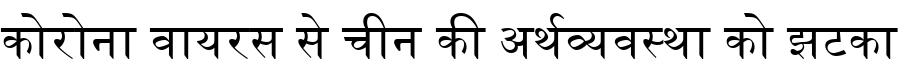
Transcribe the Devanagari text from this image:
कोरोना वायरस से चीन की अर्थव्यवस्था को झटका